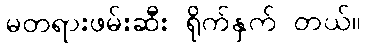
မတရားဖမ်းဆီး ရိုက်နှက် တယ်။